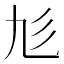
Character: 𢒂